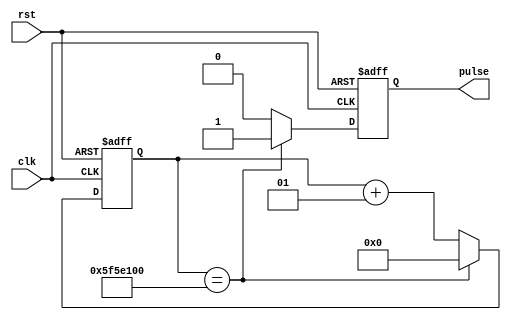
`timescale 1ns / 1ps
//////////////////////////////////////////////////////////////////////////////////
// This is the code that generates a pulse for a single cycle every "distance"
// cycles. Note that "distance" * clock period = 1 sec
//////////////////////////////////////////////////////////////////////////////////
module GrayCounter_Pulse(input clk, input rst, output reg pulse);
  parameter distance = 100000000; // How much for 1 Hz when clock period is 10 ns?
  integer counter;
  
  always @(posedge clk, negedge rst)
    begin
	     if (rst == 1'b0) 
		 begin
			 // Your code for asynchronous reset goes here
			counter = 0;
			pulse = 0;
		 end
         else
		 begin
			// and for regular functionality goes here
			if(counter == distance)begin
			     counter = 0;
			     pulse = 1;
			end
			else begin
			     counter = counter + 1;
			     pulse = 0;
			end
		     		
end
	 end
			  
endmodule